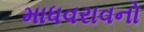
માધવરાવનો